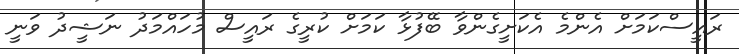
ރައީސްކަމަށް އެންމެ އެކަށީގެންވާ ބޭފުޅާ ކަމަށް ކުރީގެ ރައީސް މުހައްމަދު ނަޝީދު ވަނީ